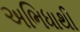
અભિધાથી